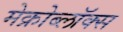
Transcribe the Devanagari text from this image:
मेक्रोब्लॉक्स